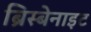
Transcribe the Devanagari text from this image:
ब्रिस्बेनाइट